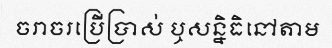
ចរាចរប្រើប្រាស់ ឬសន្និធិនៅតាម